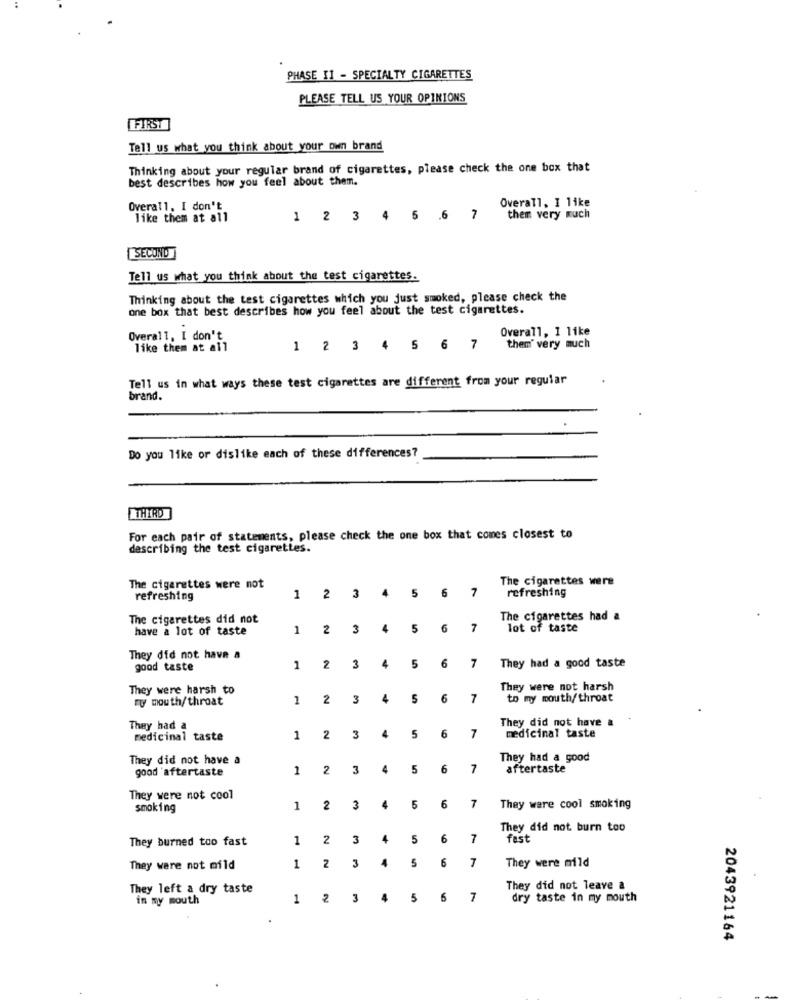
PHASE 11 - SPECIALTY CIGARETTES
PLEASE TELL US YOUR OPINIONS
FIRST
Tell us what you think about your own brand
Thinking about your regular brand of cigarettes, please check the one box that
best describes how you feel about them.
Overall, I like
Overall, I don't
like them at all
1 2 3 4 5 6 7
them very much
SECOND
Tell us what you think about the test cigarettes.
Thinking about the test cigarettes which you just smoked, please check the
one box that best describes how you feel about the test cigarettes.
Overall, 1 like
Overall, I don't
like them at all
1 2 3 4 5 6 7
them' very much
Tell us in what ways these test cigarettes are different from your regular
brand.
Do you like or dislike each of these differences?
THIRD
For each pair of statements, please check the one box that comes closest to
describing the test cigarettes.
The cigarettes were
The cigarettes were not
6
7
refreshing
refreshing
1
2
3 4 5
The cigarettes did not
The cigarettes had a
have a lot of taste
1
2 3 4 5
6
7
lot of taste
They did not have a
good taste
1 2 3
4
5
6
7
They had a good taste
They were harsh to
They were not harsh
ty mouth/throat
1
2
3
4
5
6
7
to my mouth/throat
They did not have a
They had a
6
7
medicinal taste
1
2
3
4
5
medicinal taste
They did not have a
They had a good
good 'aftertaste
1
2
3
4
5
6
7
aftertaste
They were not cool
smoking
1
2
3
4
5
6
7
They were cool smoking
They did not burn too
They burned too fast
1
2
3
4
5
6
7
fast
5
6
7
They were mild
They were not mild
1
2
3
4
They left a dry taste
They did not leave a
in my mouth
1
2
3
4
5
6
7
dry taste in my mouth
2043921164